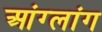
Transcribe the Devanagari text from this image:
आंग्लांग